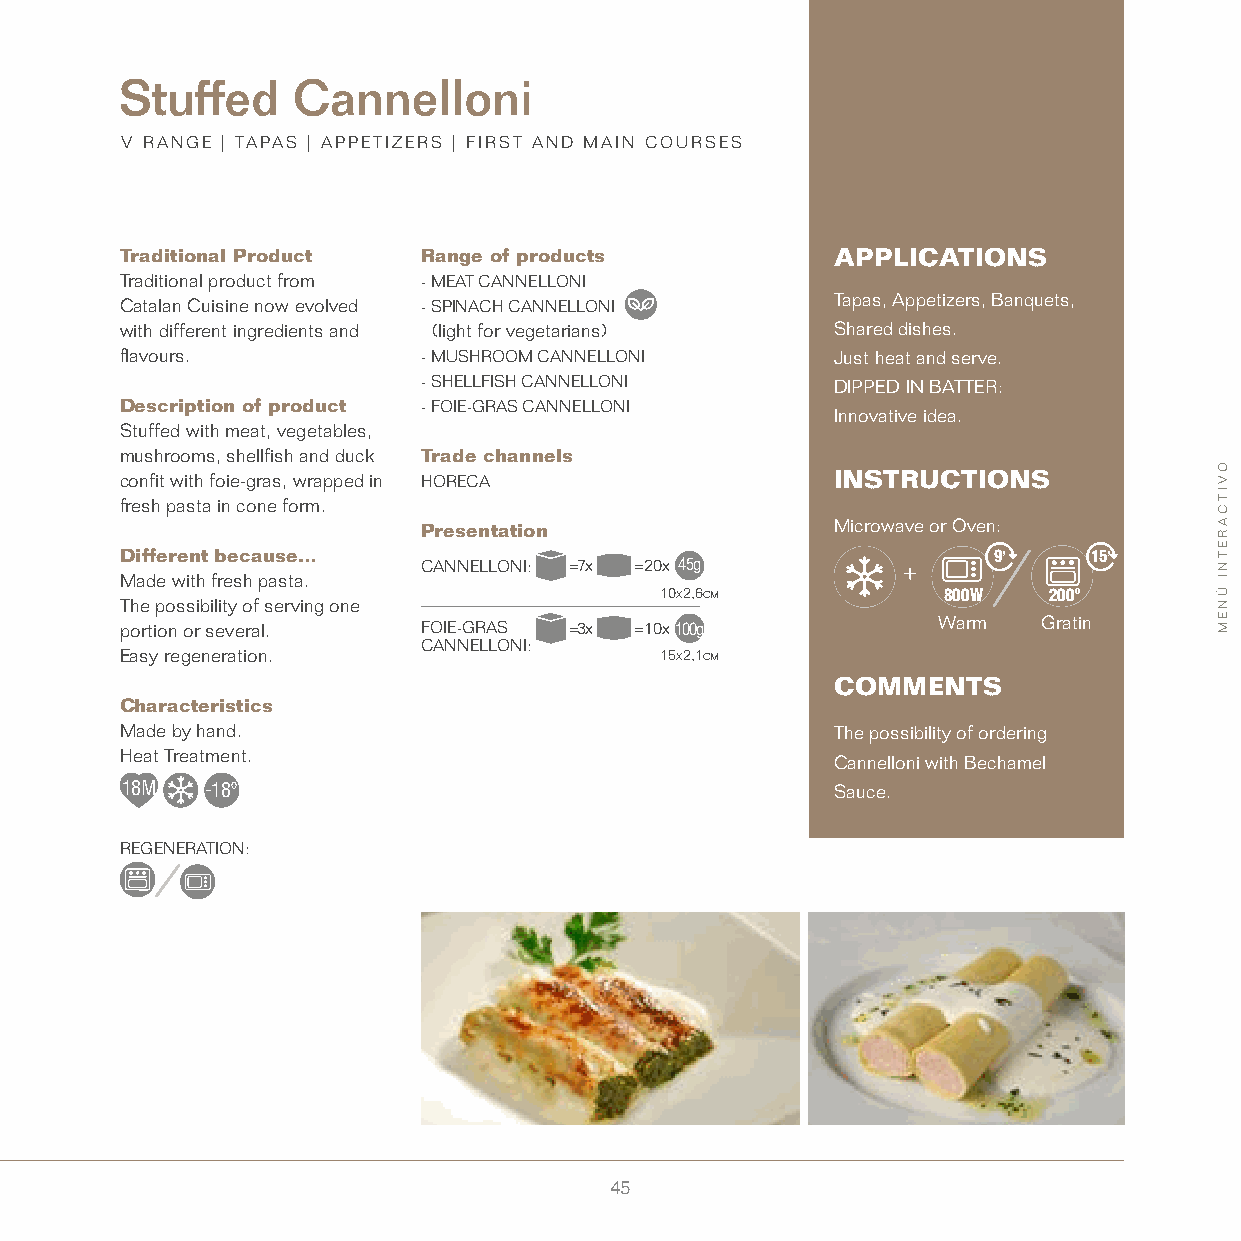
Stuffed    Cannelloni
 V RANGE | TAPAS | APPETIZERS | FIRST AND MAIN COURSES
 Traditional Product Range of products          APPLICATIONS
 Traditional product from - MEAT CANNELLONI
 Catalan Cuisine now evolved - SPINACH CANNELLONI Tapas, Appetizers, Banquets,
 with different ingredients and (light for vegetarians) Shared dishes.
 flavours.           - MUSHROOM CANNELLONI      Just heat and serve.
 - SHELLFISH CANNELLONI     DIPPED IN BATTER:
 Description of product - FOIE-GRAS CANNELLONI
 Innovative idea.
 Stuffed with meat, vegetables,
 mushrooms, shellfish and duck Trade channels
 confit with foie-gras, wrapped in HORECA       INSTRUCTIONS
 fresh pasta in cone form.
 Presentation               Microwave or Oven:
 Different because…                                        9’    15’
 CANNELLONI: =7x =20x 45g
 Made with fresh pasta.
 10x2,6cm          800W   200º
 The possibility of serving one
 portion or several. FOIE-GRAS =3x =10x100g            Warm   Gratin
 CANNELLONI:
 Easy regeneration.                  15x2,1cm
 COMMENTS
 Characteristics
 Made by hand.                                  The possibility of ordering
 Heat Treatment.
 Cannelloni with Bechamel
 18M   -18º                                     Sauce.
 REGENERATION:
 45
 OVITCARETNI
 ÚNEM